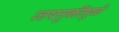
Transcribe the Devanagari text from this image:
जपनुकीमुळे